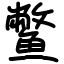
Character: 鳖